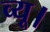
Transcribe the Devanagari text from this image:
व्यू।